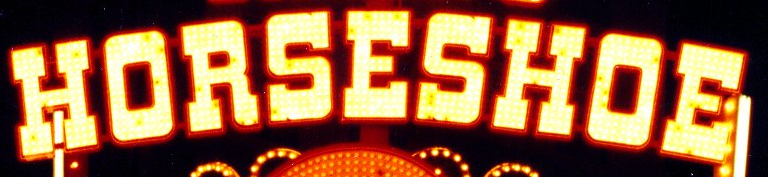
HORSESHOE